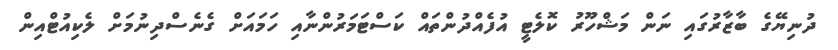
ދުނިޔޭގެ ބާޒާރުގައި ނަން މަޝްހޫރު ކޮލެޓީ އުފެއްދުންތައް ކަސްޓަމަރުންނާއި ހަމައަށް ގެނެސްދިނުމަށް ލެކިއުޓްއިން